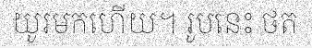
យូរមកហើយ។ រូបនេះ ថត